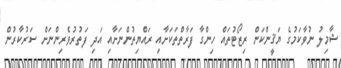
ޝާމިލު ނުވާކަމުގެ ޔަޤީންކަން ރިޒޯޓުތައް ހިންގާ ފަރާތްތަކަށާއި ރައްޔިތުންނަށާއި އަދި ފަތުރުވެރިންނަށް ސަރުކާރުން